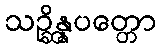
သဉ္ဆိန္နပတ္တော